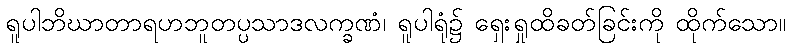
ရူပါဘိဃာတာရဟဘူတပ္ပသာဒလက္ခဏံ၊ ရူပါရုံ၌ ရှေးရှုထိခတ်ခြင်းကို ထိုက်သော။